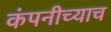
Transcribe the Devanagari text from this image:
कंपनीच्याच